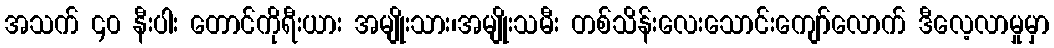
အသက် ၄၀ နီးပါး တောင်ကိုရီးယား အမျိုးသား၊အမျိုးသမီး တစ်သိန်းလေးသောင်းကျော်လောက် ဒီလေ့လာမှုမှာ